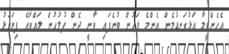
އެހެންވީމާ އަޅުގަނޑުމެން އެންމެ ފަހުން ބުނެފައި ވާނީ ދެން ފުލުހުން ލައްވާއޭ ފިޔަވަޅު